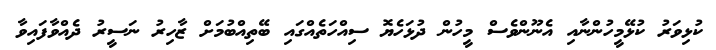
ކުޅިވަރު ކުޅޭމީހުންނާއި އެނޫންވެސް މީހުން ދުޅަހެޔޮ ސިއްހަތެއްގައި ބޭތިއްބުމަށް ޒާހިރު ނަސީރު ދެއްވާފައިވާ